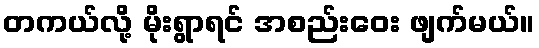
တကယ်လို့ မိုးရွာရင် အစည်းဝေး ဖျက်မယ်။